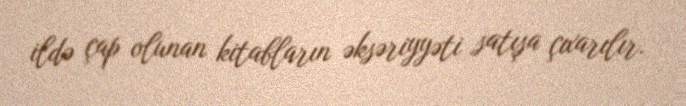
ildə çap olunan kitabların əksəriyyəti satışa çıxarılır.